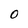
Character: 0